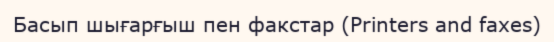
Басып шығарғыш пен факстар (Printers and faxes)